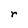
Character: r